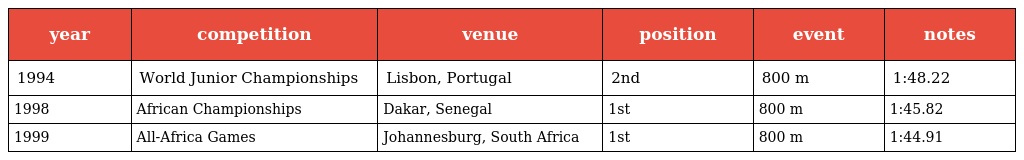
| year | competition | venue | position | event | notes |
 | --- | --- | --- | --- | --- | --- |
 | 1994 | World Junior Championships | Lisbon, Portugal | 2nd | 800 m | 1:48.22 |
 | 1998 | African Championships | Dakar, Senegal | 1st | 800 m | 1:45.82 |
 | 1999 | All-Africa Games | Johannesburg, South Africa | 1st | 800 m | 1:44.91 |